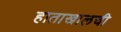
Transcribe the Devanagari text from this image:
हाताखालची